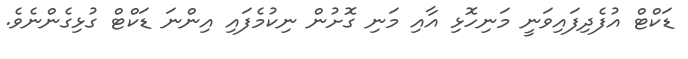
ޑަކްޓް އުފެދިފައިވަނީ މަނިހޮޅި އާއި މަނި ގޮށުން ނިކުމެފައި އިންނަ ޑަކްޓް ގުޅިގެންނެވެ.